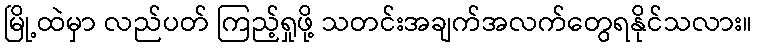
မြို့ထဲမှာ လည်ပတ် ကြည့်ရှုဖို့ သတင်းအချက်အလက်တွေရနိုင်သလား။